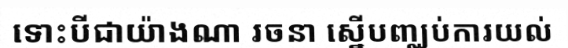
ទោះបីជាយ៉ាងណា រចនា ស្នើបញ្ឈប់ការយល់